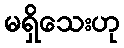
မရှိသေးဟု